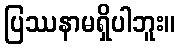
ပြဿနာမရှိပါဘူး။